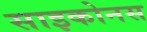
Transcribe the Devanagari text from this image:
साइकोनस